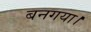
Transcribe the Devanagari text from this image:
बनगया।